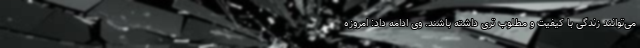
می‌توانند زندگی با کیفیت و مطلوب تری داشته باشند. وی ادامه داد: امروزه